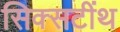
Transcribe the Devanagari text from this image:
सिक्सटींथ